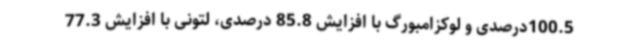
100.5درصدی و لوکزامبورگ با افزایش 85.8 درصدی، لتونی با افزایش 77.3